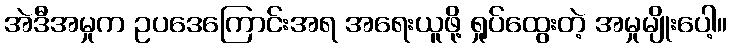
အဲဒီအမှုက ဥပဒေကြောင်းအရ အရေးယူဖို့ ရှုပ်ထွေးတဲ့ အမှုမျိုးပေါ့။